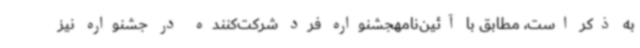
به ذکر است، مطابق با آئین‌نامهجشنواره فرد شرکت‌کننده در جشنواره نیز